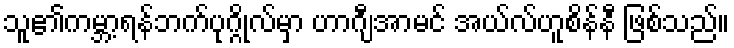
သူ၏ကမ္ဘာ့ရန်ဘက်ပုဂ္ဂိုလ်မှာ ဟာဂျီအာမင် အယ်လ်ဟူစိန်နီ ဖြစ်သည်။